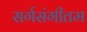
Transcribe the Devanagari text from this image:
सर्गसंगीतम